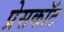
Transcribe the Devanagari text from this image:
प्रेसकॉट